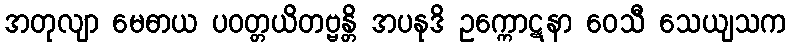
အတုလျာ မေဓာယ ပဝတ္တယိတဗ္ဗန္တိ အပနုဒိ ဥက္ကောဋနာ ဝေသီ သေယျသက